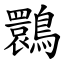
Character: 䴉